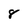
Character: 8